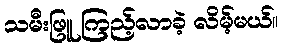
သမီးဖြူ ကြည့်လာခဲ့ လိမ့်မယ်။